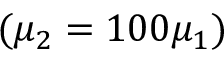
( \mu _ { 2 } = 1 0 0 \mu _ { 1 } )